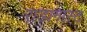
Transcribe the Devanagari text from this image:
राडागास्ट